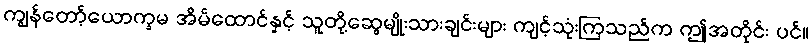
ကျွန်တော့်ယောက္ခမ အိမ်ထောင်နှင့် သူတို့ဆွေမျိုးသားချင်းများ ကျင့်သုံးကြသည်က ဤအတိုင်း ပင်။